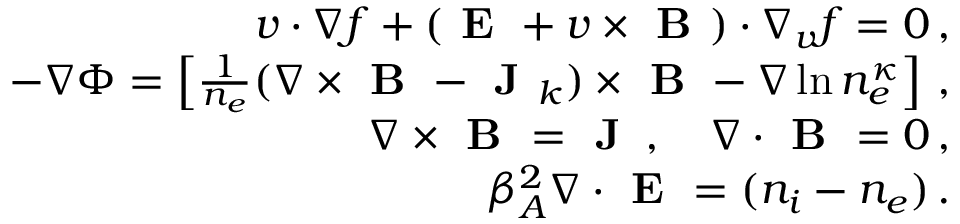
\begin{array} { r l r } & { } & { \boldsymbol { v } \cdot \nabla f + \left( \textbf { E } + \boldsymbol { v } \times \textbf { B } \right) \cdot \nabla _ { \boldsymbol { v } } f = 0 \, , } \\ & { } & { - \nabla \Phi = \left[ \frac { 1 } { n _ { e } } ( \nabla \times \textbf { B } - \textbf { J } _ { k } ) \times \textbf { B } - \nabla \ln n _ { e } ^ { \kappa } \right] \, , } \\ & { } & { \nabla \times \textbf { B } = \textbf { J } \, , \quad \nabla \cdot \textbf { B } = 0 \, , } \\ & { } & { \beta _ { A } ^ { 2 } \nabla \cdot \textbf { E } = ( n _ { i } - n _ { e } ) \, . } \end{array}